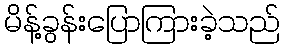
မိန့်ခွန်းပြောကြားခဲ့သည်